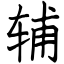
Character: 辅